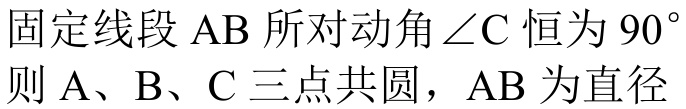
固定线段 $\mathrm{AB}$ 所对动角 $\angle \mathrm{C}$ 恒为 $90^{\circ}$
则 $\mathrm{A}$、$\mathrm{B}$、$\mathrm{C}$ 三点共圆，$\mathrm{AB}$ 为直径